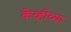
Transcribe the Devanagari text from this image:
केव्हीच्या